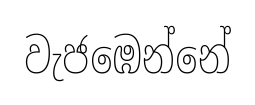
වැජඹෙන්නේ